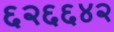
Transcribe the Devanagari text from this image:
६२६६४२